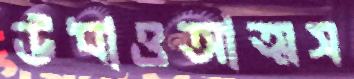
উধাওআত্মস